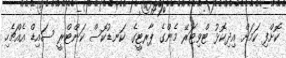
ކޮށްފި ކަމަށް އިދިކޮޅު ޓްވިޓަރޭ މެންގެ ޕާރޓީގެ ކަނޑުކޮސް ކަންޓްރީ ސައިޑް އެއްޗެހި